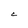
Character: C